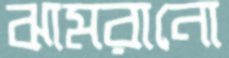
ঝামরানো